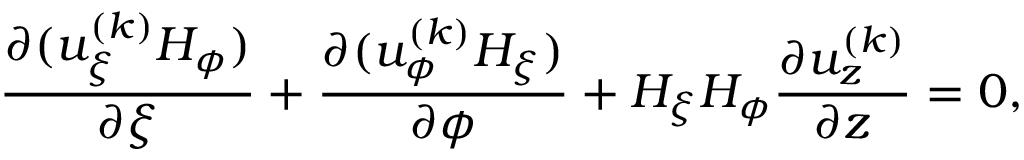
\frac { \partial ( u _ { \xi } ^ { ( k ) } H _ { \phi } ) } { \partial \xi } + \frac { \partial ( u _ { \phi } ^ { ( k ) } H _ { \xi } ) } { \partial \phi } + H _ { \xi } H _ { \phi } \frac { \partial u _ { z } ^ { ( k ) } } { \partial z } = 0 ,